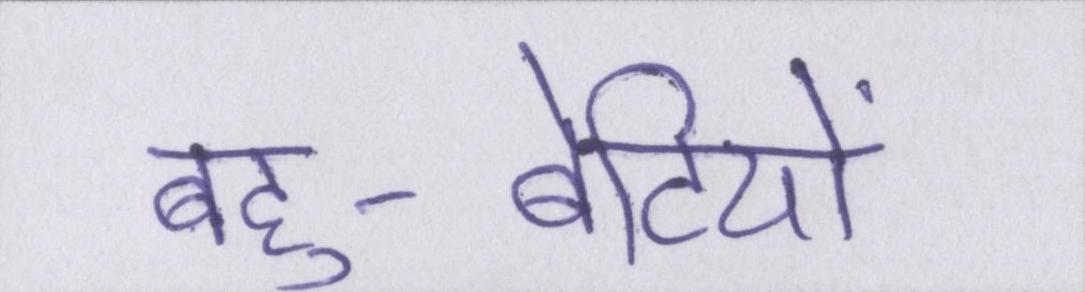
बहु-बेटियों